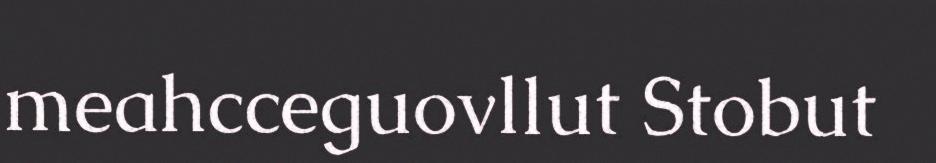
meahcceguovllut Stobut